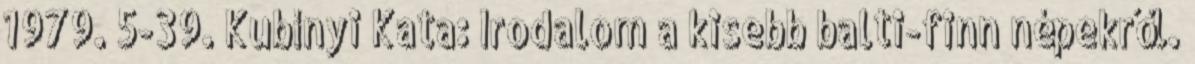
1979. 5-39. Kubínyi Kata: Irodalom a kisebb balti-finn népekről.